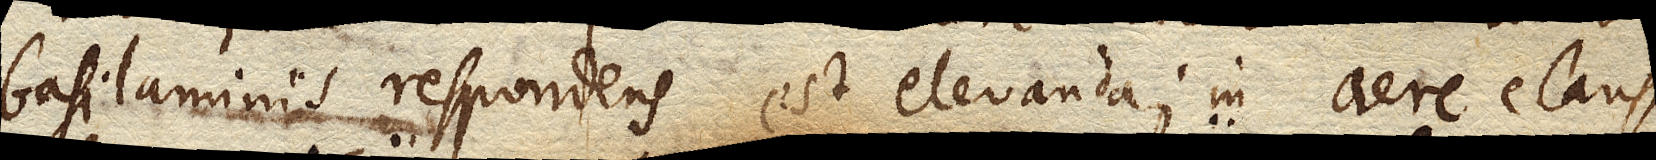
basi laminis respondens est elevanda; in aere clauso